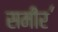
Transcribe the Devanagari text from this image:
समीर॔